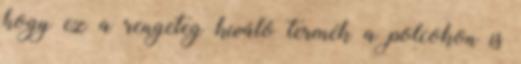
hogy ez a rengeteg kiváló termék a polcokon is